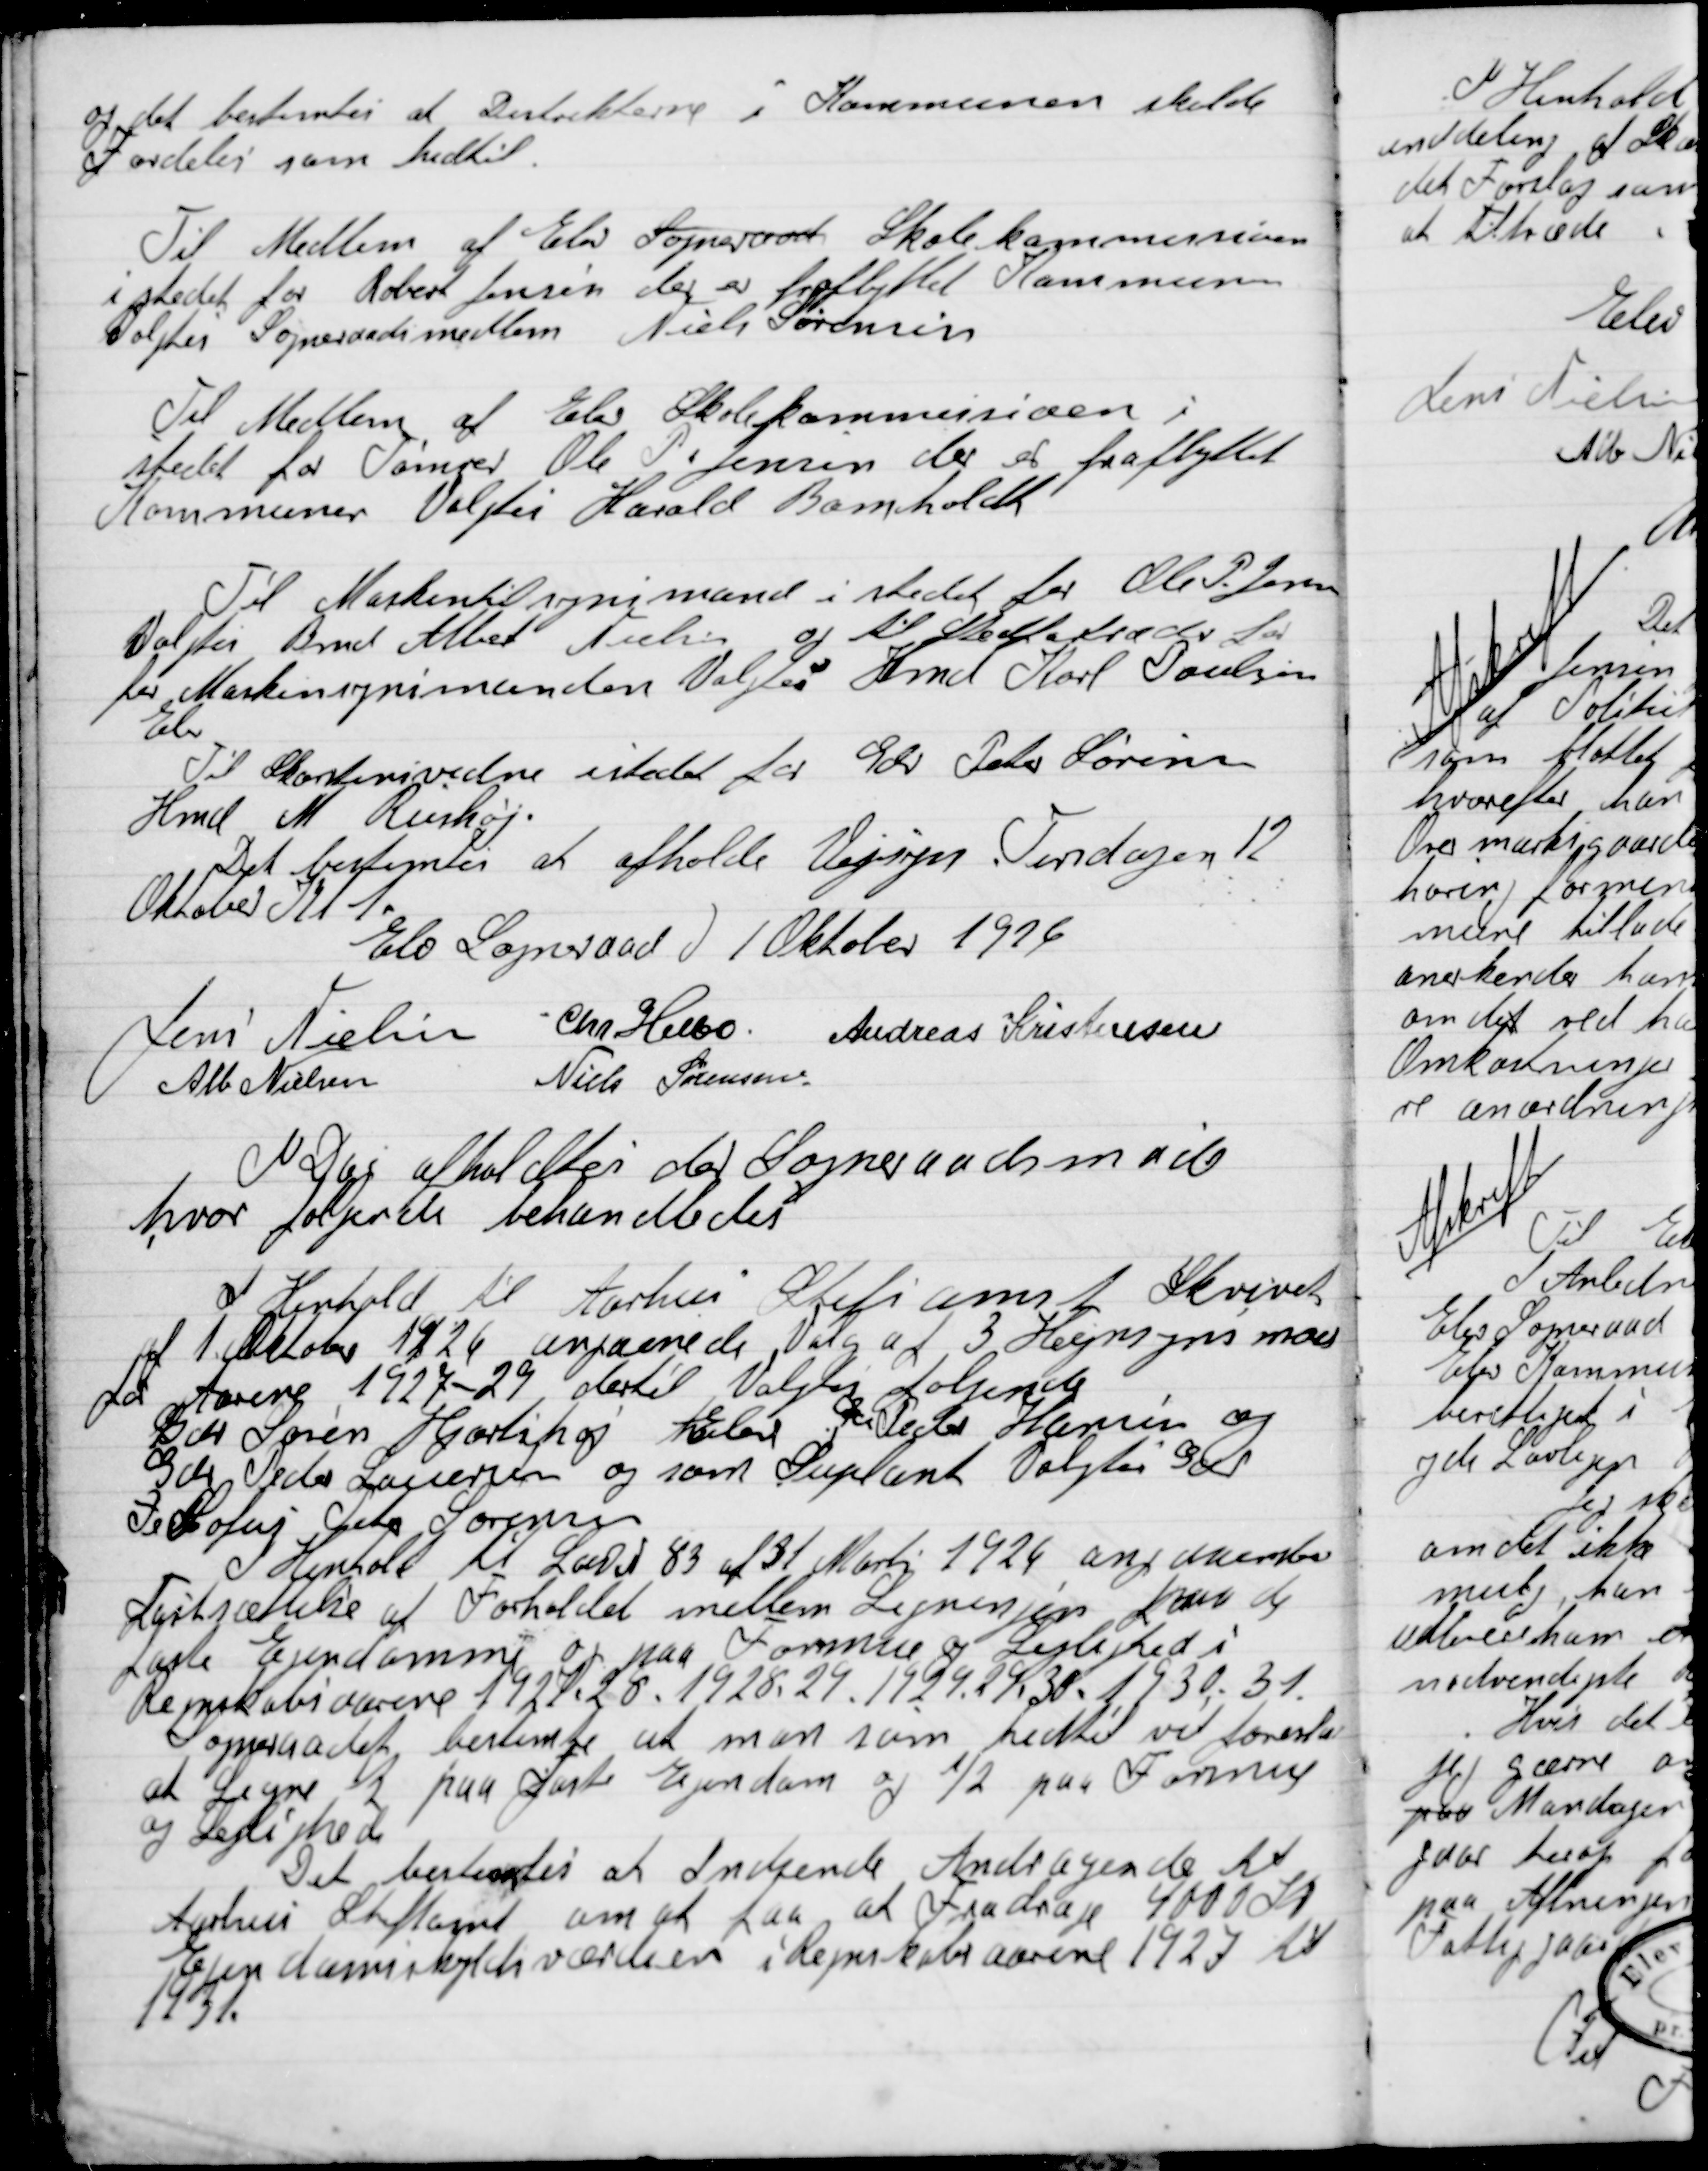
Transskription:
og det bestemtes at Distrikterne i Kommunen skulde
fordeles som hidtil.

Til Medlem af Sogneraad Elev Skolekommission
I stedet for Robert Jensen der er fraflyttet Kommunen
Valgtes Sogneraadsmedlem Niels Sørensen.

Til Medlem af Elev Skolekommission i
stedet for Tømrer Ole P. Jensen der er fraflyttet
Kommunen valgtes Harald Bomholdt.

Til Markentilsynsmand i stedet for Ole P. Jensen
Valgtes Bent Albert Nielsen og til Stedfortræder  for
Markentilsynsmand Valgtes Kmd. Karl Poulsen
Elev.
Til Skorstensvidne i stedet for Gdr. Peter Sørensen
Hmd. M. Rieshøj.
Det bestemtes at afholde Vejsyn Tirsdag 12
Oktober Kl. 1.

Elev Sogneraad d. 1 Oktober 1926

Jens Nielsen
Chr. Helbo
Andreas Kristensen
Alb. Nielsen
Niels Sørensen

I Dag afholdes der Sogneraadsmøde
hvor følgende behandledes.

I henhold til Aarhus Stiftsamt Skrivelse
af 1 Oktober 1926 angaaende valg af 3 Hegnsynsmænd
for Aarene 1927-29 dertil Valgtes følgende
Gdr. Søren Hjortshøj Elev, Gdr. Peter Harnin og
Gdr. Peder Laursen og som Suppleant Valgtes Gdr.
P. Sofus Peter Sørensen.
I Henhold til Lov N. 83 af 31 Marts 1926 angaande
Fastsættelse af forholdet mellem Ligningen kan de
Faste Ejendomme og paa Formue og Lejlighed i
Regnskabsaarene 1927-28. 1828-29. 1929-29-30. 1930-31.
Sogneraadet bestemte at man som hidtil vil foreslaa
at Ligne ½ paa Fast Ejendom og ½ paa Formue
og Lejlighed.
Det bestemtes at Indsende Andragende til
Aarhus Stiftsamt om at faa at Fradrage 4000 Kr.
Ejendomsskyldsværdien i Regnskabsaarene 1927 til
1931.